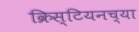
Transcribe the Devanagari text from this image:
क्रिस्टियनच्या